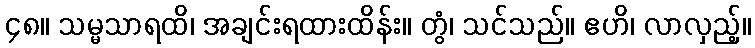
၄၈။ သမ္မသာရထိ၊ အချင်းရထားထိန်း။ တွံ၊ သင်သည်။ ဧဟိ၊ လာလှည့်။